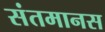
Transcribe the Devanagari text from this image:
संतमानस